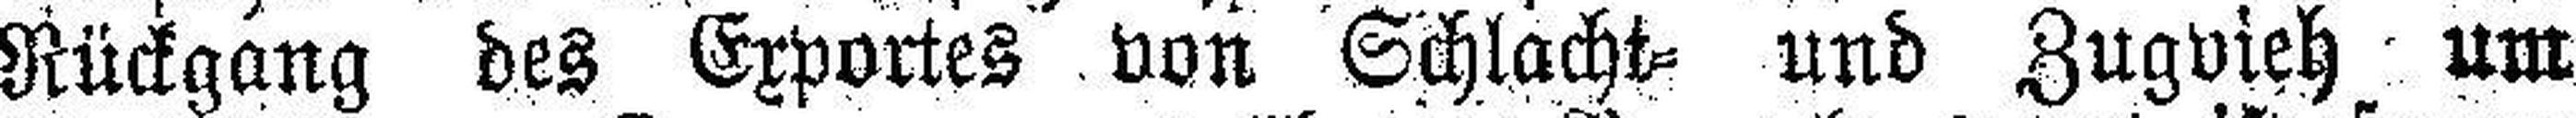
Rückgang des Exportes von Schlacht= und Zugvieh um